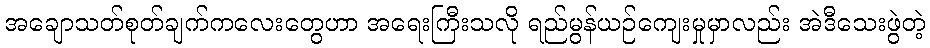
အချောသတ်စုတ်ချက်ကလေးတွေဟာ အရေးကြီးသလို ရည်မွန်ယဉ်ကျေးမှုမှာလည်း အဲဒီသေးဖွဲတဲ့